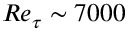
R e _ { \tau } \sim 7 0 0 0